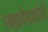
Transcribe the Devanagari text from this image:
छह्मवेशधारी